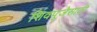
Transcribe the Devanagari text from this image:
शिवपूजेसाठी